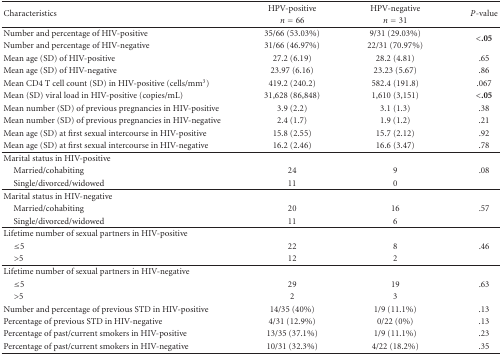
<table><thead><tr><td rowspan="2"><b>Characteristics</b></td><td><b>HPV-positive</b></td><td><b>HPV-negative</b></td><td rowspan="2"><b><i>P</i>-value</b></td></tr><tr><td><b><i>n</i> = 66</b></td><td><b><i>n</i> = 31</b></td></tr></thead><tbody><tr><td>Number and percentage of HIV-positive</td><td>35/66 (53.03%)</td><td>9/31 (29.03%)</td><td rowspan="2"> &lt;<b>.05</b></td></tr><tr><td>Number and percentage of HIV-negative</td><td>31/66 (46.97%)</td><td>22/31 (70.97%)</td></tr><tr><td>Mean age (SD) of HIV-positive</td><td>27.2 (6.19)</td><td>28.2 (4.81)</td><td>.65</td></tr><tr><td>Mean age (SD) of HIV-negative</td><td>23.97 (6.16)</td><td>23.23 (5.67)</td><td>.86</td></tr><tr><td>Mean CD4 T cell count (SD) in HIV-positive (cells/mm<sup>3</sup>)</td><td>419.2 (240.2)</td><td>582.4 (191.8)</td><td>.067</td></tr><tr><td>Mean (SD) viral load in HIV-positive (copies/mL)</td><td>31,628 (86,848)</td><td>1,610 (3,151)</td><td> &lt;<b>.05</b></td></tr><tr><td>Mean number (SD) of previous pregnancies in HIV-positive</td><td>3.9 (2.2)</td><td>3.1 (1.3)</td><td>.38</td></tr><tr><td>Mean number (SD) of previous pregnancies in HIV-negative</td><td>2.4 (1.7)</td><td>1.9 (1.2)</td><td>.21</td></tr><tr><td>Mean age (SD) at first sexual intercourse in HIV-positive</td><td>15.8 (2.55)</td><td>15.7 (2.12)</td><td>.92</td></tr><tr><td>Mean age (SD) at first sexual intercourse in HIV-negative</td><td>16.2 (2.46)</td><td>16.6 (3.47)</td><td>.78</td></tr><tr><td>Marital status in HIV-positive</td><td></td><td></td><td></td></tr><tr><td><i> </i>Married/cohabiting</td><td>24</td><td>9</td><td>.08</td></tr><tr><td><i> </i>Single/divorced/widowed</td><td>11</td><td>0</td><td></td></tr><tr><td>Marital status in HIV-negative</td><td></td><td></td><td></td></tr><tr><td><i> </i>Married/cohabiting</td><td>20</td><td>16</td><td>.57</td></tr><tr><td><i> </i>Single/divorced/widowed</td><td>11</td><td>6</td><td></td></tr><tr><td>Lifetime number of sexual partners in HIV-positive</td><td></td><td></td><td></td></tr><tr><td><i> </i> ≤5</td><td>22</td><td>8</td><td>.46</td></tr><tr><td><i> </i> &gt;5</td><td>12</td><td>2</td><td></td></tr><tr><td>Lifetime number of sexual partners in HIV-negative</td><td></td><td></td><td></td></tr><tr><td><i> </i> ≤5</td><td>29</td><td>19</td><td>.63</td></tr><tr><td><i> </i> &gt;5</td><td>2</td><td>3</td><td></td></tr><tr><td>Number and percentage of previous STD in HIV-positive</td><td>14/35 (40%)</td><td>1/9 (11.1%)</td><td>.13</td></tr><tr><td>Percentage of previous STD in HIV-negative</td><td>4/31 (12.9%)</td><td>0/22 (0%)</td><td>.13</td></tr><tr><td>Percentage of past/current smokers in HIV-positive</td><td>13/35 (37.1%)</td><td>1/9 (11.1%)</td><td>.23</td></tr><tr><td>Percentage of past/current smokers in HIV-negative</td><td>10/31 (32.3%)</td><td>4/22 (18.2%)</td><td>.35</td></tr></tbody></table>